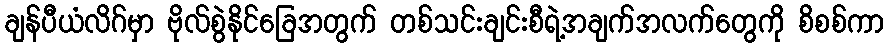
ချန်ပီယံလိဂ်မှာ ဗိုလ်စွဲနိုင်ခြေအတွက် တစ်သင်းချင်းစီရဲ့အချက်အလက်တွေကို စိစစ်ကာ